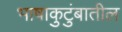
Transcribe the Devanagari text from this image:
भाषाकुटुंबातील